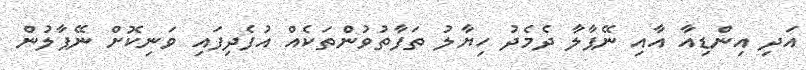
އަދި އިންޑިއާ އާއި ނޭޕާލާ ދެމެދު ހިޔާލު ތަފާތުވުންތަކެއް އުފެދިފައި ވަނިކޮށް ނޭޕާލުން